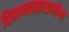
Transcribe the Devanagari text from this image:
विमानतळासाठीचा